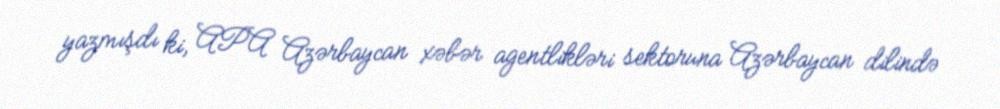
yazmışdı ki, APA Azərbaycan xəbər agentlikləri sektoruna Azərbaycan dilində